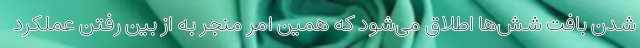
شدن بافت شش‌ها اطلاق می‌شود که همین امر منجر به از بین رفتن عملکرد